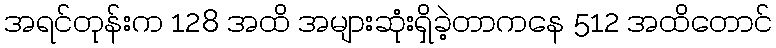
အရင်တုန်းက 128 အထိ အများဆုံးရှိခဲ့တာကနေ 512 အထိတောင်